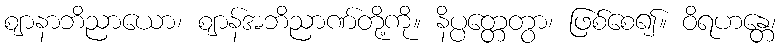
ဈာနာဘိညာယော၊ ဈာန်အဘိညာဏ်တို့ကို။ နိပ္ပတ္တေတွာ၊ ဖြစ်စေ၍။ ဝိရဟန္တေ၊